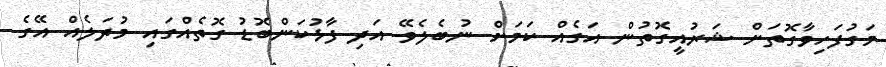
މަގުފަހިވާގޮތަށް ޝަރުއީގޮތުން އަގެއް ކަމަށް ނުބެލެވޭ އަދި ފާޅުކަންބޮޑު ގޮތެއްގައި މުދަލެއް އޭގެ